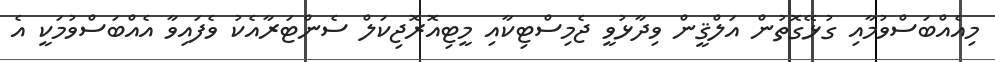
މިއެއްބަސްވުމާއި ގުޅޭގޮތުން އަލްޤީން ވިދާޅުވީ ޖެމިސްޓިކާއި މީޓިއޮރޮޖިކަލް ސެންޓަރާއެކު ވެފައިވާ އެއްބަސްވުމަކީ އެ